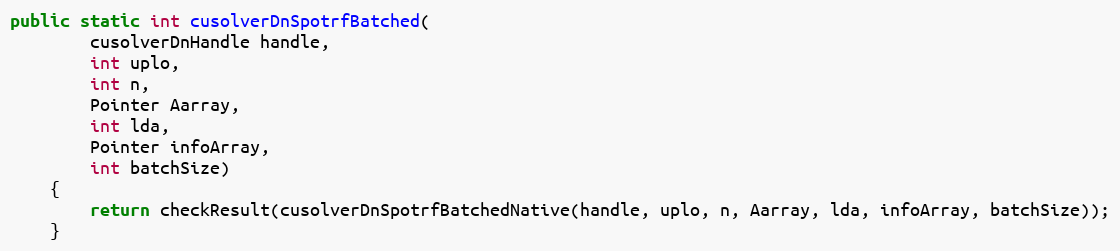
Language: Java
public static int cusolverDnSpotrfBatched(
        cusolverDnHandle handle,
        int uplo,
        int n,
        Pointer Aarray,
        int lda,
        Pointer infoArray,
        int batchSize)
    {
        return checkResult(cusolverDnSpotrfBatchedNative(handle, uplo, n, Aarray, lda, infoArray, batchSize));
    }